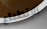
الانطباع